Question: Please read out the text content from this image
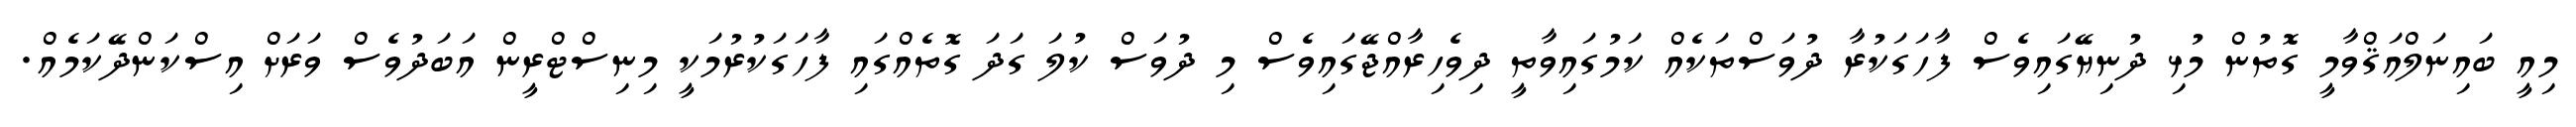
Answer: މިއީ ބައިނަލްއަޤްވާމީ ގޮތުން މުޅި ދުނިޔޭގައިވެސް ފާހަގަކުރާ ދުވަސްތަކެއް ކަމުގައިވާތީ ދިވެހިރާއްޖޭގައިވެސް މި ދުވަސް ކުލަ ގަދަ ގޮތެއްގައި ފާހަގަކުރުމަކީ މިނިސްޓްރީން އަބަދުވެސް ވަރަށް އިސްކަންދޭކަމެއް.